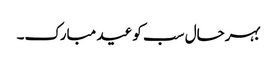
بہرحال سب کو عید مبارک۔